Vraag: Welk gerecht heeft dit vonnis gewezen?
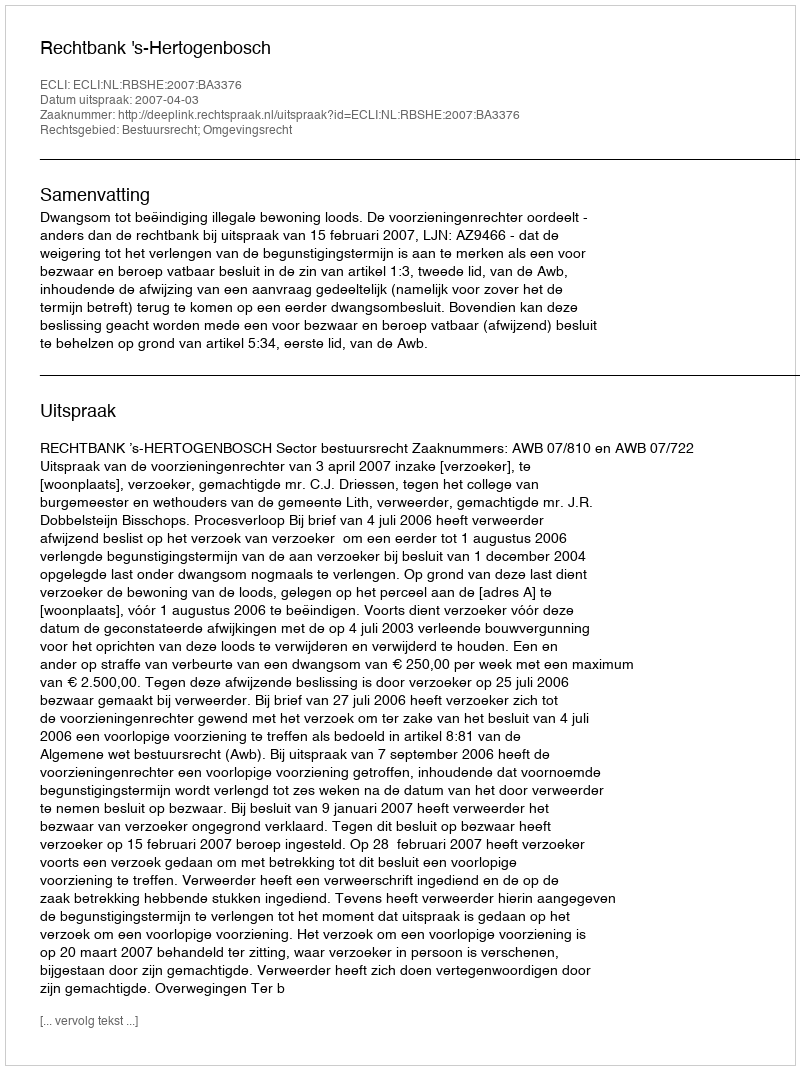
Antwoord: Rechtbank 's-Hertogenbosch